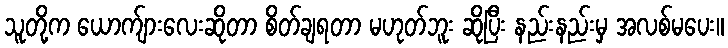
သူတို့က ယောက်ျားလေးဆိုတာ စိတ်ချရတာ မဟုတ်ဘူး ဆိုပြီး နည်းနည်းမှ အလစ်မပေး။